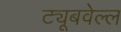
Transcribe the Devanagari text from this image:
ट्यूबवेल्ल